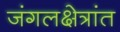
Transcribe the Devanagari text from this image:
जंगलक्षेत्रांत